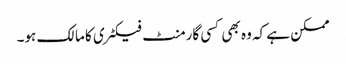
ممکن ہے کہ وہ بھی کسی گارمنٹ فیکٹری کا مالک ہو۔